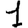
Digit: 1